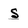
Character: s